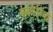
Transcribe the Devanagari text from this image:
बव्हारिया